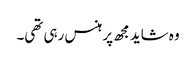
وہ شاید مجھ پر ہنس رہی تھی۔